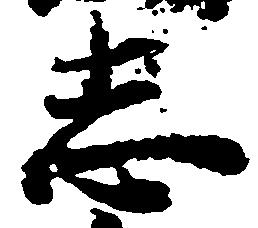
志